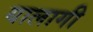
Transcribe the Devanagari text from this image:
यालागी